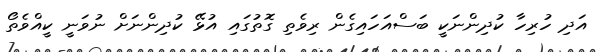
އަދި ހުރިހާ ކުދިންނަކީ ބަސްއަހައިގެން ރިވެތި ގޮތުގައި އުޅޭ ކުދިންނަށް ނުވަނީ ކީއްވެތޯ